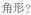
角形?